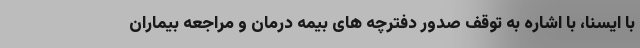
با ایسنا، با اشاره به توقف صدور دفترچه های بیمه درمان و مراجعه بیماران